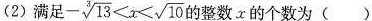
(2)满足 $$- \sqrt [ 3 ] { 1 3 } < x < \sqrt { 1 0 }$$ 的整数X的个数为()